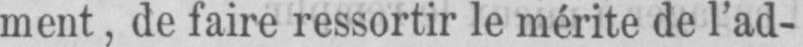
ment, de faire ressortir le mérite de l’ad-